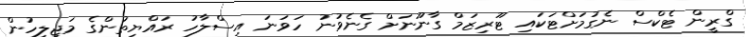
ގްރީން ޓެކްސް ނެގުމަށްޓަކައި ޓޫރިޒަމް ގާނޫނަށް ގެނެވުނު ހަވަނަ އިސްލާހު ރައްޔިތުންގެ މަޖިލީހުން